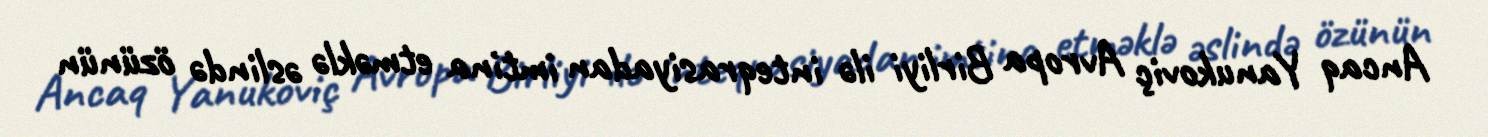
Ancaq Yanukoviç Avropa Birliyi ilə inteqrasiyadan imtina etməklə əslində özünün